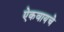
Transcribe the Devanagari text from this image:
ऐकवायचे